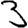
Digit: 3